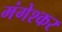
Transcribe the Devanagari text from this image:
मंगेश्कर